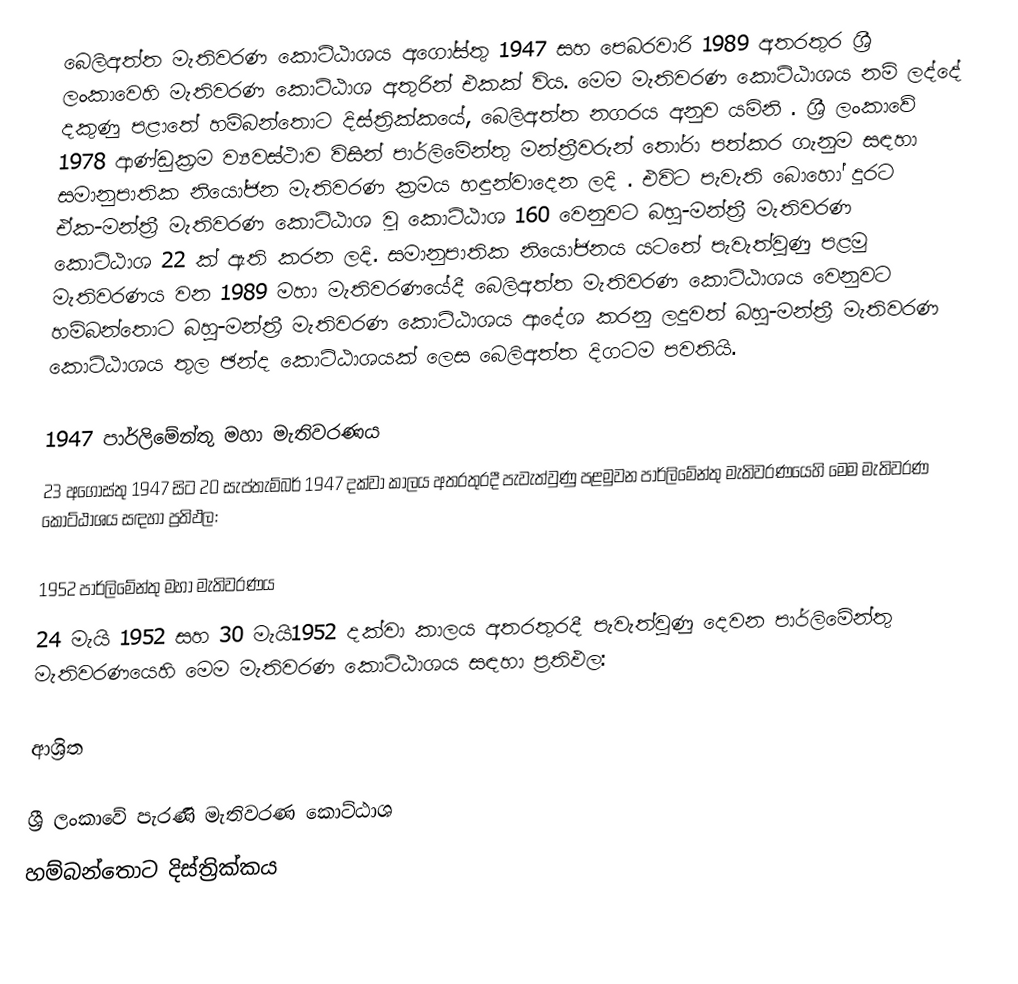
බෙලිඅත්ත මැතිවරණ කොට්ඨාශය  අගෝස්තු 1947 සහ පෙබරවාරි 1989 අතරතුර  ශ්‍රී ලංකාවෙහි  මැතිවරණ කොට්ඨාශ අතුරින් එකක් විය. මෙම මැතිවරණ කොට්ඨාශය නම් ලද්දේ දකුණු පළාතේ හම්බන්තොට දිස්ත්‍රික්කයේ,  බෙලිඅත්ත  නගරය අනුව යමිනි . ශ්‍රී ලංකාවේ 1978 ආණ්ඩුක්‍රම ව්‍යවස්ථාව විසින්   පාර්ලිමේන්තු මන්ත්‍රීවරුන් තෝරා පත්කර ගැනුම සඳහා සමානුපාතික නියෝජන මැතිවරණ ක්‍රමය හඳුන්වාදෙන ලදි . එවිට පැවැති බොහෝ දුරට  ඒක-මන්ත්‍රී මැතිවරණ කොට්ඨාශ වූ කොට්ඨාශ 160 වෙනුවට බහු-මන්ත්‍රී මැතිවරණ කොට්ඨාශ 22 ක් ඇති කරන ලදි. සමානුපාතික නියෝජනය යටතේ පැවැත්වුණු  පළමු මැතිවරණය වන 1989 මහා මැතිවරණයේදී  බෙලිඅත්ත මැතිවරණ කොට්ඨාශය වෙනුවට හම්බන්තොට බහු-මන්ත්‍රී මැතිවරණ කොට්ඨාශය  ආදේශ කරනු ලදුවත් බහු-මන්ත්‍රී මැතිවරණ කොට්ඨාශය තුල ඡන්ද කොට්ඨාශයක් ලෙස බෙලිඅත්ත දිගටම පවතියි.

1947 පාර්ලිමේන්තු මහා මැතිවරණය
23 අගෝස්තු 1947 සිට 20 සැප්තැම්බර් 1947 දක්වා කාලය අතරතුරදී පැවැත්වුණු   පළමුවන පාර්ලිමේන්තු මැතිවරණයෙහි මෙම මැතිවරණ කොට්ඨාශය සඳහා ප්‍රතිඵල:

1952 පාර්ලිමේන්තු මහා මැතිවරණය
24 මැයි 1952 සහ 30 මැයි1952 දක්වා කාලය අතරතුරදී පැවැත්වුණු   දෙවන පාර්ලිමේන්තු මැතිවරණයෙහි මෙම මැතිවරණ කොට්ඨාශය සඳහා ප්‍රතිඵල:

ආශ්‍රිත

ශ්‍රී ලංකාවේ පැරණි මැතිවරණ කොට්ඨාශ
හම්බන්තොට දිස්ත්‍රික්කය